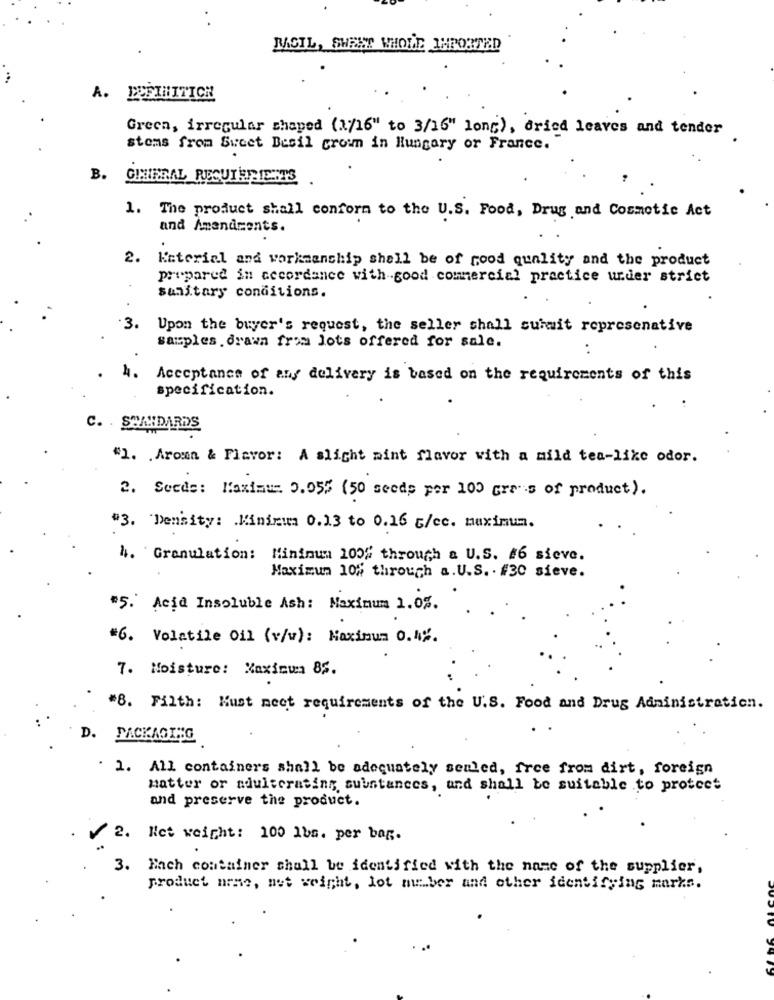
MCIL, SHEET WHOLE 1HPORTED
A. DEFINITICH
Green, irregular shaped (1/16" to 3/16" long), dried leaves and tender
stems from Sweet Basil crown in Hungary or France.
B.
GHIBRAL RECUIHRIENTS
1. The product shall conform to the U.S. Food, Drug and Cosmetic Act
and Amendments.
2.
Keterial and workmanship shall be of good quality and the product
prepared in cecordance with good commercial practice under strict
sanitary conditions.
3.
Upon the buyer's request, the seller shall surmit represenative
samples . drawn frau lots offered for sale.
:
4.
Acceptance of any delivery is based on the requirements of this
specification.
C. . STANDARDS
"1. . Aroma & Flavor: A slight mint flavor with a mild tea-like odor.
2. Seede: Maximum 0.055 (50 seeds per 100 Grss of product).
#3. 'Density: Minimum 0.13 to 0.16 g/ec. maximum.
4. Granulation: Mininum 100% through a U.S. #6 sieve.
Maximum 10% through a. U.S. . #30 sieve.
$5. Acid Insoluble Ash: Maximum 1.05.
#6. Volatile Oil (v/w): Maximum 0.4%.
7. Moisture: Xaximma BS.
#8. Filth: Kust neet requirements of the U.S. Food and Drug Administration.
D. PACKAGING
. 1. All containers shall be adequately senled, free from dirt, foreign
matter or adulterating substances, and shall be suitable to protect
and preserve the product.
. Net weight: 100 1bs. per bar.
3. Each container shall be identified with the name of the supplier,
product name, net weight, lot member and other identifying marks.